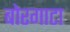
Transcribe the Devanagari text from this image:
बोरगाटा